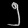
Digit: ၅